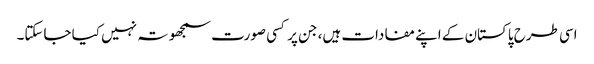
اسی طرح پاکستان کے اپنے مفادات ہیں، جن پر کسی صورت سمجھوتہ نہیں کیا جاسکتا۔